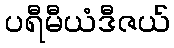
ပရီမီယံဒီဇယ်